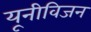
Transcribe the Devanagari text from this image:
यूनीविजन